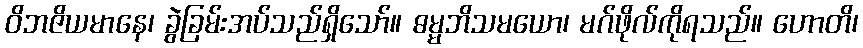
ဝိဘဇိယမာနေ၊ ခွဲခြမ်းအပ်သည်ရှိသော်။ ဓမ္မဘိသမယော၊ မဂ်ဖိုလ်ကိုရသည်။ ဟောတိ၊